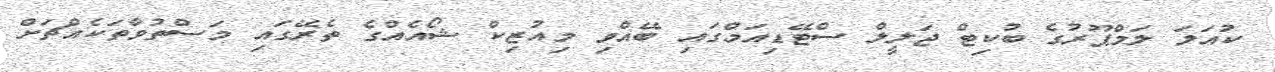
ކުއަލަ ލަމްޕޫރުގެ ބުކިޓް ޖަލީލް ސްޓޭޑިއަމްގައި ބޭއްވި މިއުޒިކް ޝޯއެއްގެ ތެރޭގައި މަސްތުވާތަކެއްޗަށް